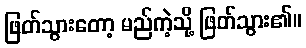
ဖြတ်သွားတော့ မည်ကဲ့သို့ ဖြတ်သွား၏။